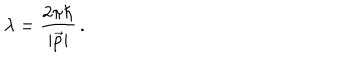
\lambda = \frac { 2 \pi \hbar } { | \vec { p } | } \, .